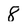
Character: 8